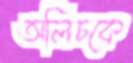
অলিচকে